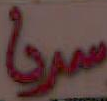
سريا